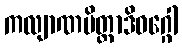
ကလျာဏမိတ္တာဒိဝဂ္ဂေါ